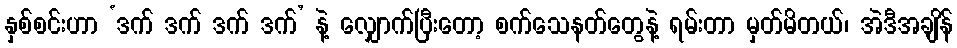
နှစ်စင်းဟာ ‘ဒက် ဒက် ဒက် ဒက်’ နဲ့ လျှောက်ပြီးတော့ စက်သေနတ်တွေနဲ့ ရမ်းတာ မှတ်မိတယ်၊ အဲဒီအချိန်